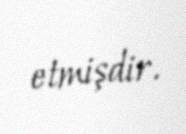
etmişdir.